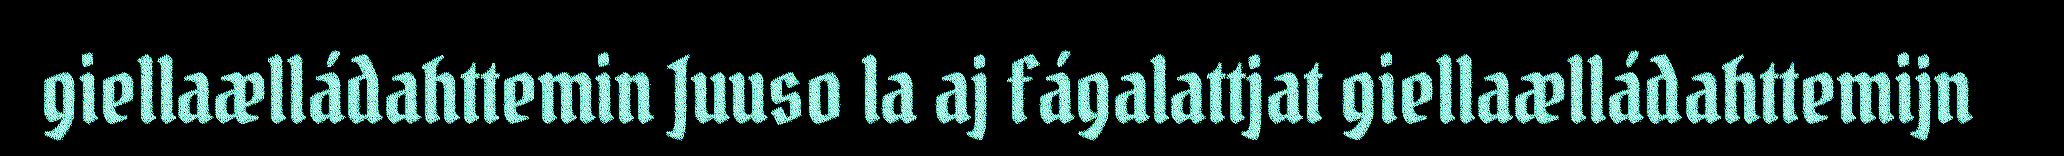
giellaælládahttemin Juuso la aj fágalattjat giellaælládahttemijn